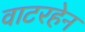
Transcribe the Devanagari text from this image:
वाटरहेन